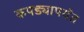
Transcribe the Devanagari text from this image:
कपड्यापर्यंत